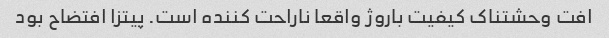
افت وحشتناک کیفیت باروژ واقعا ناراحت کننده است. پیتزا افتضاح بود